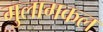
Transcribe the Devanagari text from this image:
गुलामकल